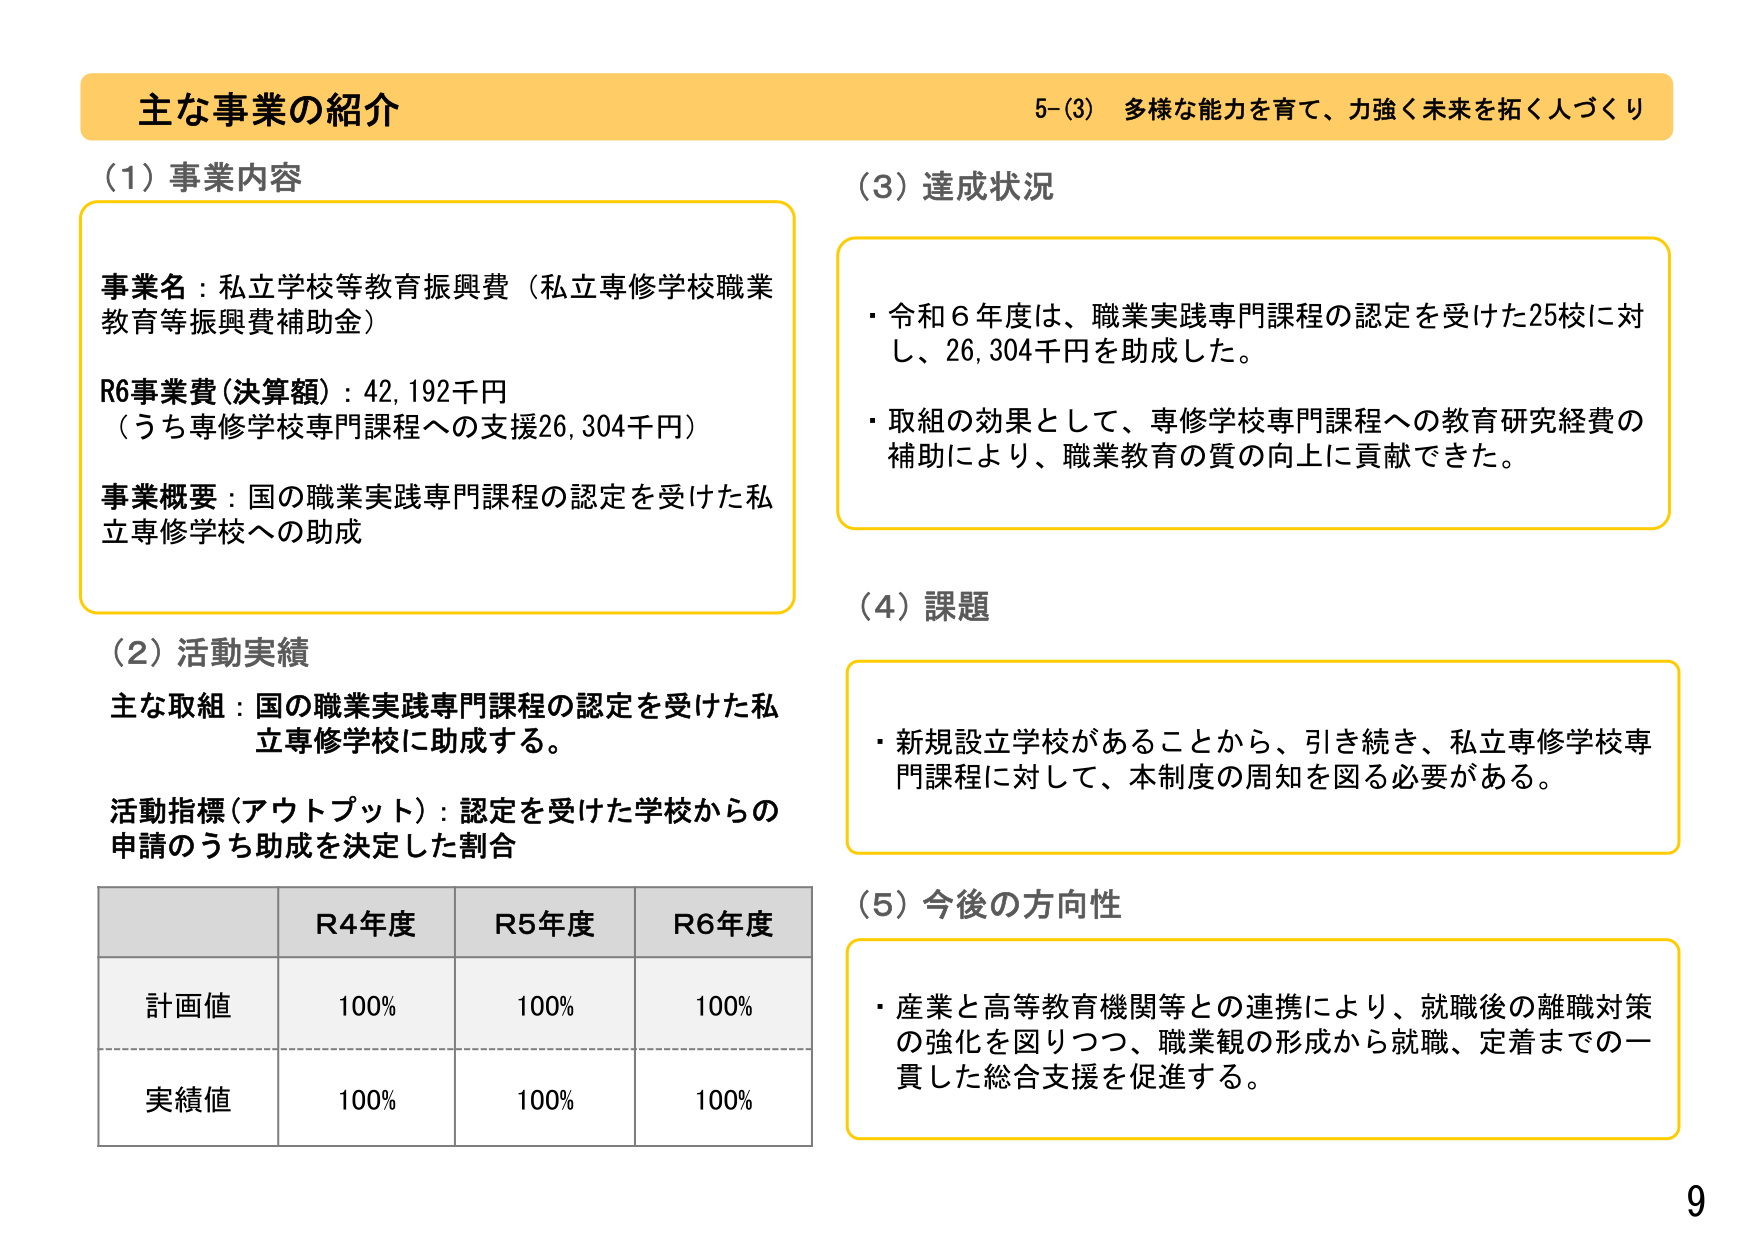
主な事業の紹介
5-(3) 多様な能力を育て、力強く未来を拓く人づくり

(1) 事業内容
事業名：私立学校等教育振興費（私立専修学校職業教育等振興費補助金）
R6事業費(決算額)：42,192千円
（うち専修学校専門課程への支援26,304千円）
事業概要：国の職業実践専門課程の認定を受けた私立専修学校への助成

(2) 活動実績
主な取組：国の職業実践専門課程の認定を受けた私立専修学校に助成する。
活動指標(アウトプット)：認定を受けた学校からの申請のうち助成を決定した割合

R4年度 R5年度 R6年度
計画値 100% 100% 100%
実績値 100% 100% 100%

(3) 達成状況
・令和6年度は、職業実践専門課程の認定を受けた25校に対し、26,304千円を助成した。
・取組の効果として、専修学校専門課程への教育研究経費の補助により、職業教育の質の向上に貢献できた。

(4) 課題
・新規設立学校があることから、引き続き、私立専修学校専門課程に対して、本制度の周知を図る必要がある。

(5) 今後の方向性
・産業と高等教育機関等との連携により、就職後の離職対策の強化を図りつつ、職業観の形成から就職、定着までの一貫した総合支援を促進する。

9